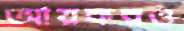
আয়করও